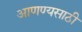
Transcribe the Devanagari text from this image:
आणण्यसाठी